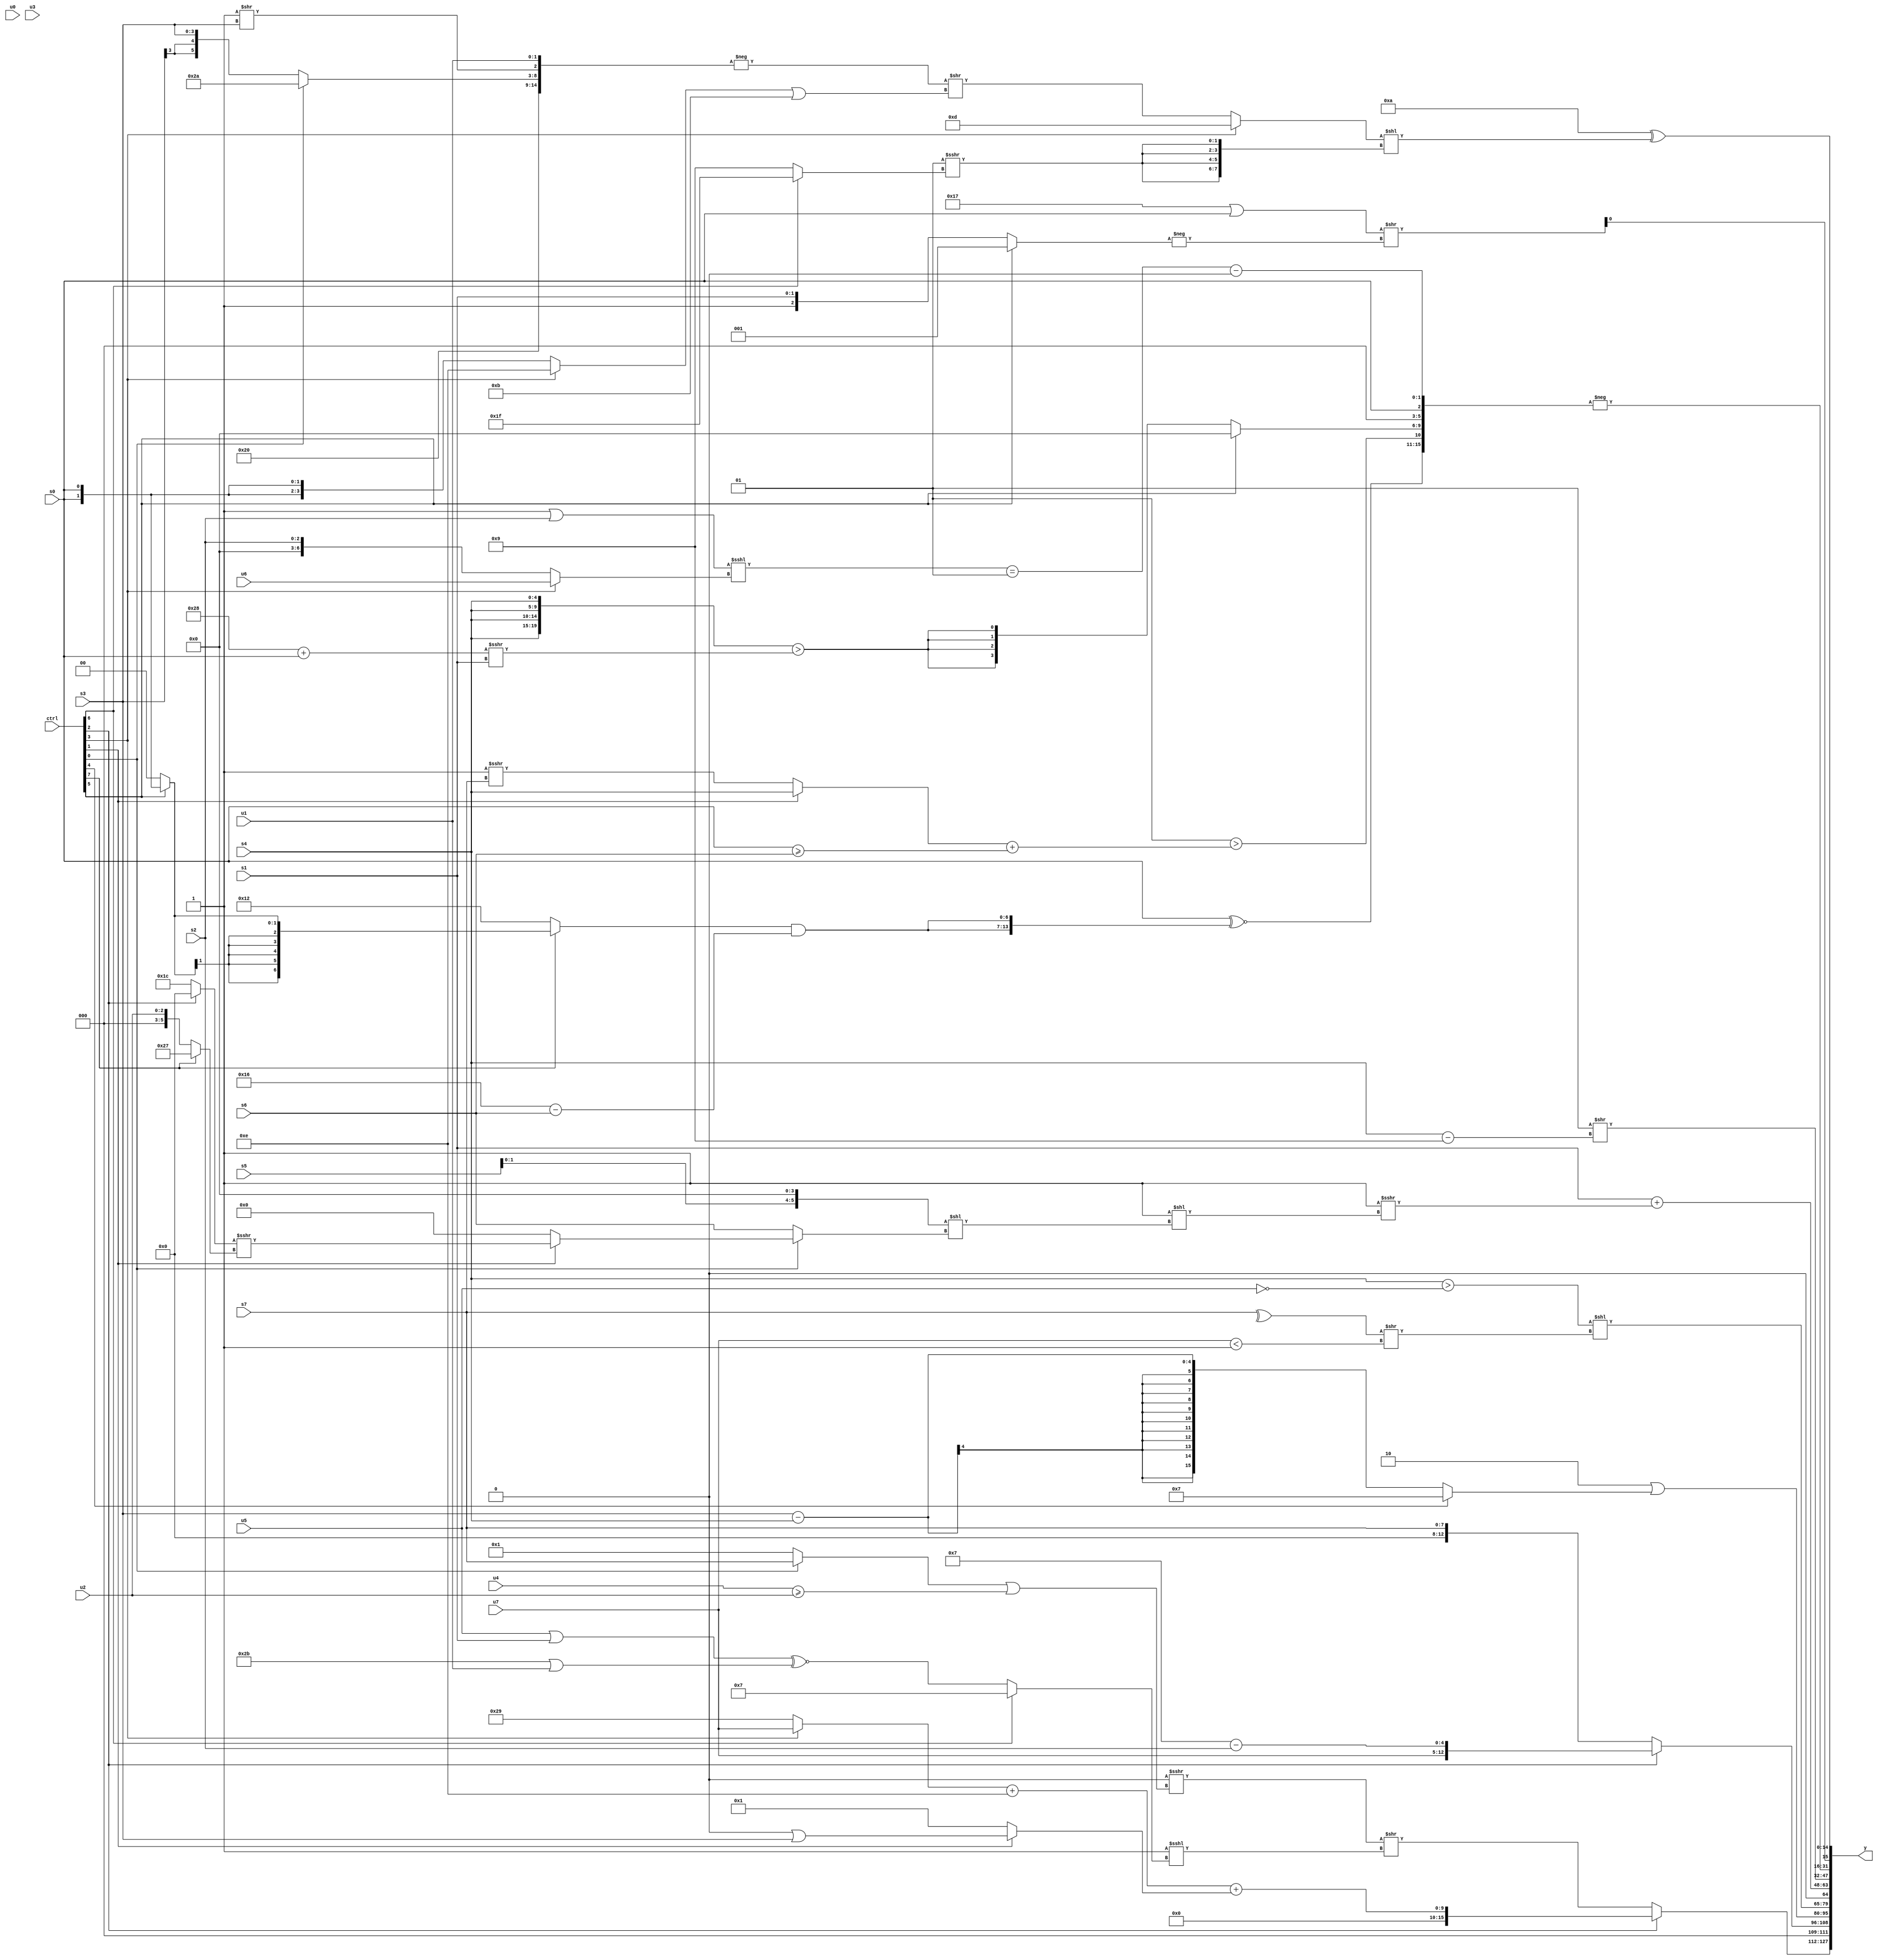
module wideexpr_00882(ctrl, u0, u1, u2, u3, u4, u5, u6, u7, s0, s1, s2, s3, s4, s5, s6, s7, y);
  input [7:0] ctrl;
  input [0:0] u0;
  input [1:0] u1;
  input [2:0] u2;
  input [3:0] u3;
  input [4:0] u4;
  input [5:0] u5;
  input [6:0] u6;
  input [7:0] u7;
  input signed [0:0] s0;
  input signed [1:0] s1;
  input signed [2:0] s2;
  input signed [3:0] s3;
  input signed [4:0] s4;
  input signed [5:0] s5;
  input signed [6:0] s6;
  input signed [7:0] s7;
  output [127:0] y;
  wire [15:0] y0;
  wire [15:0] y1;
  wire [15:0] y2;
  wire [15:0] y3;
  wire [15:0] y4;
  wire [15:0] y5;
  wire [15:0] y6;
  wire [15:0] y7;
  assign y = {y0,y1,y2,y3,y4,y5,y6,y7};
  assign y0 = (ctrl[2]?(($signed($signed((ctrl[3]?u7:6'b101001))))+(4'sb1110))+((ctrl[1]?(1'sb0)|(s3):+(^(6'sb001000)))):((1'sb0)>>>($signed(((ctrl[0]?s7:2'b01))|((u4)>=(u2)))))>>((~^(2'sb00))<<<((ctrl[6]?3'sb111:((u5)|(s1))^~((6'sb101011)|(u1))))));
  assign y1 = $unsigned((ctrl[2]?$signed($signed({$unsigned(u7),(5'sb00111)-(s2)})):$unsigned(s7)));
  assign y2 = (4'sb1110)|((ctrl[4]?4'sb0111:$signed($unsigned((s3)-(s4)))));
  assign y3 = (+((({s4})>(!(u5)))<<((^(s7))>>((u7)<(5'b00001)))))<<(2'sb01);
  assign y4 = ($signed(s1))+((1'sb1)>>>((1'sb1)<<(({(s5)<<(3'sb100)})<<((ctrl[0]?(ctrl[1]?((ctrl[2]?4'sb0000:5'sb11100))>>>((ctrl[7]?6'sb100111:u2)):-((5'sb10010)<<(6'sb101101))):s6)))));
  assign y5 = (2'sb01)>>((s4)-(5'sb01001));
  assign y6 = -(+({+((s0)^~({2{((ctrl[7]?(ctrl[5]?s0:2'sb00):6'sb010010))&((5'sb10110)-(+(s6)))}})),{(-(5'sb11111))>((((ctrl[1]?s4:(4'sb1111)>>>(s7)))<<((s4)>>($signed(4'sb1001))))+($signed((s0)>=(s6)))),(ctrl[5]?4'sb0000:$signed(({4{s4}})>(((6'b101000)+(s0))>>>((s1)>>(2'sb00))))),3'sb000},s0,(+(+((((2'sb11)|(s2))<<<((ctrl[3]?u6:s2)))==(2'sb01))))-(2'sb00)}));
  assign y7 = {(|(s6))<<($signed(s7)),6'b110100,((-(5'sb01001))|(s0))>>(-($signed((ctrl[5]?1'sb1:{1{(ctrl[5]?(4'sb1011)<=(4'sb0011):{1'b1,s1})}})))),(6'sb001010)^(((ctrl[3]?4'sb1101:(-({6'sb100000,(ctrl[0]?6'sb101010:s3),(1'sb1)>>(s3),$signed(u1)}))>>(((ctrl[3]?$signed(3'sb110):$signed(s0)))|(4'sb1011))))<<({4{($signed(-((1'sb0)|(2'sb11))))>>>($signed((ctrl[6]?1'sb1:+(5'sb01001))))}}))};
endmodule